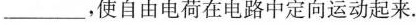
____，使自由电荷在电路中定向运动起来